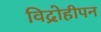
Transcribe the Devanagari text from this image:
विद्रोहीपन